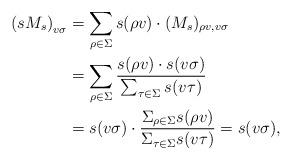
LaTeX: \begin{align*}\left(sM_s\right)_{v\sigma}&=\sum_{\rho\in\Sigma}s(\rho v)\cdot (M_s)_{\rho v,v\sigma}\\&= \sum_{\rho\in \Sigma}\frac{s(\rho v)\cdot s(v\sigma)}{\sum_{\tau\in\Sigma}s(v\tau)}\\&= s(v\sigma)\cdot\frac{\Sigma_{\rho\in\Sigma}s(\rho v)}{\Sigma_{\tau\in\Sigma}s(v\tau )}=s(v\sigma),\end{align*}